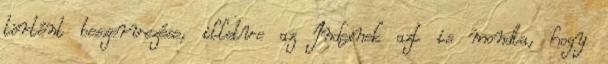
történt beszervezése, illetve az Indexnek azt is mondta, hogy